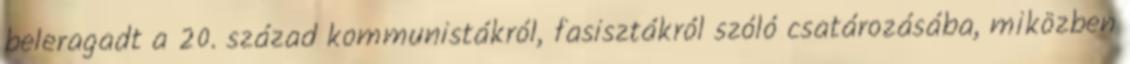
beleragadt a 20. század kommunistákról, fasisztákról szóló csatározásába, miközben